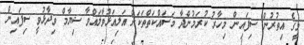
މީގެ އިތުރުން ސިފައިން މިހާރު ކުރަމުންދާ މަސައްކަތްތަކަށް އަލިއަޅުވާލައްވާ ޝިޔާމް ވިދާޅުވީ ސިފައިން